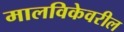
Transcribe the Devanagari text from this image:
मालविकेवरील